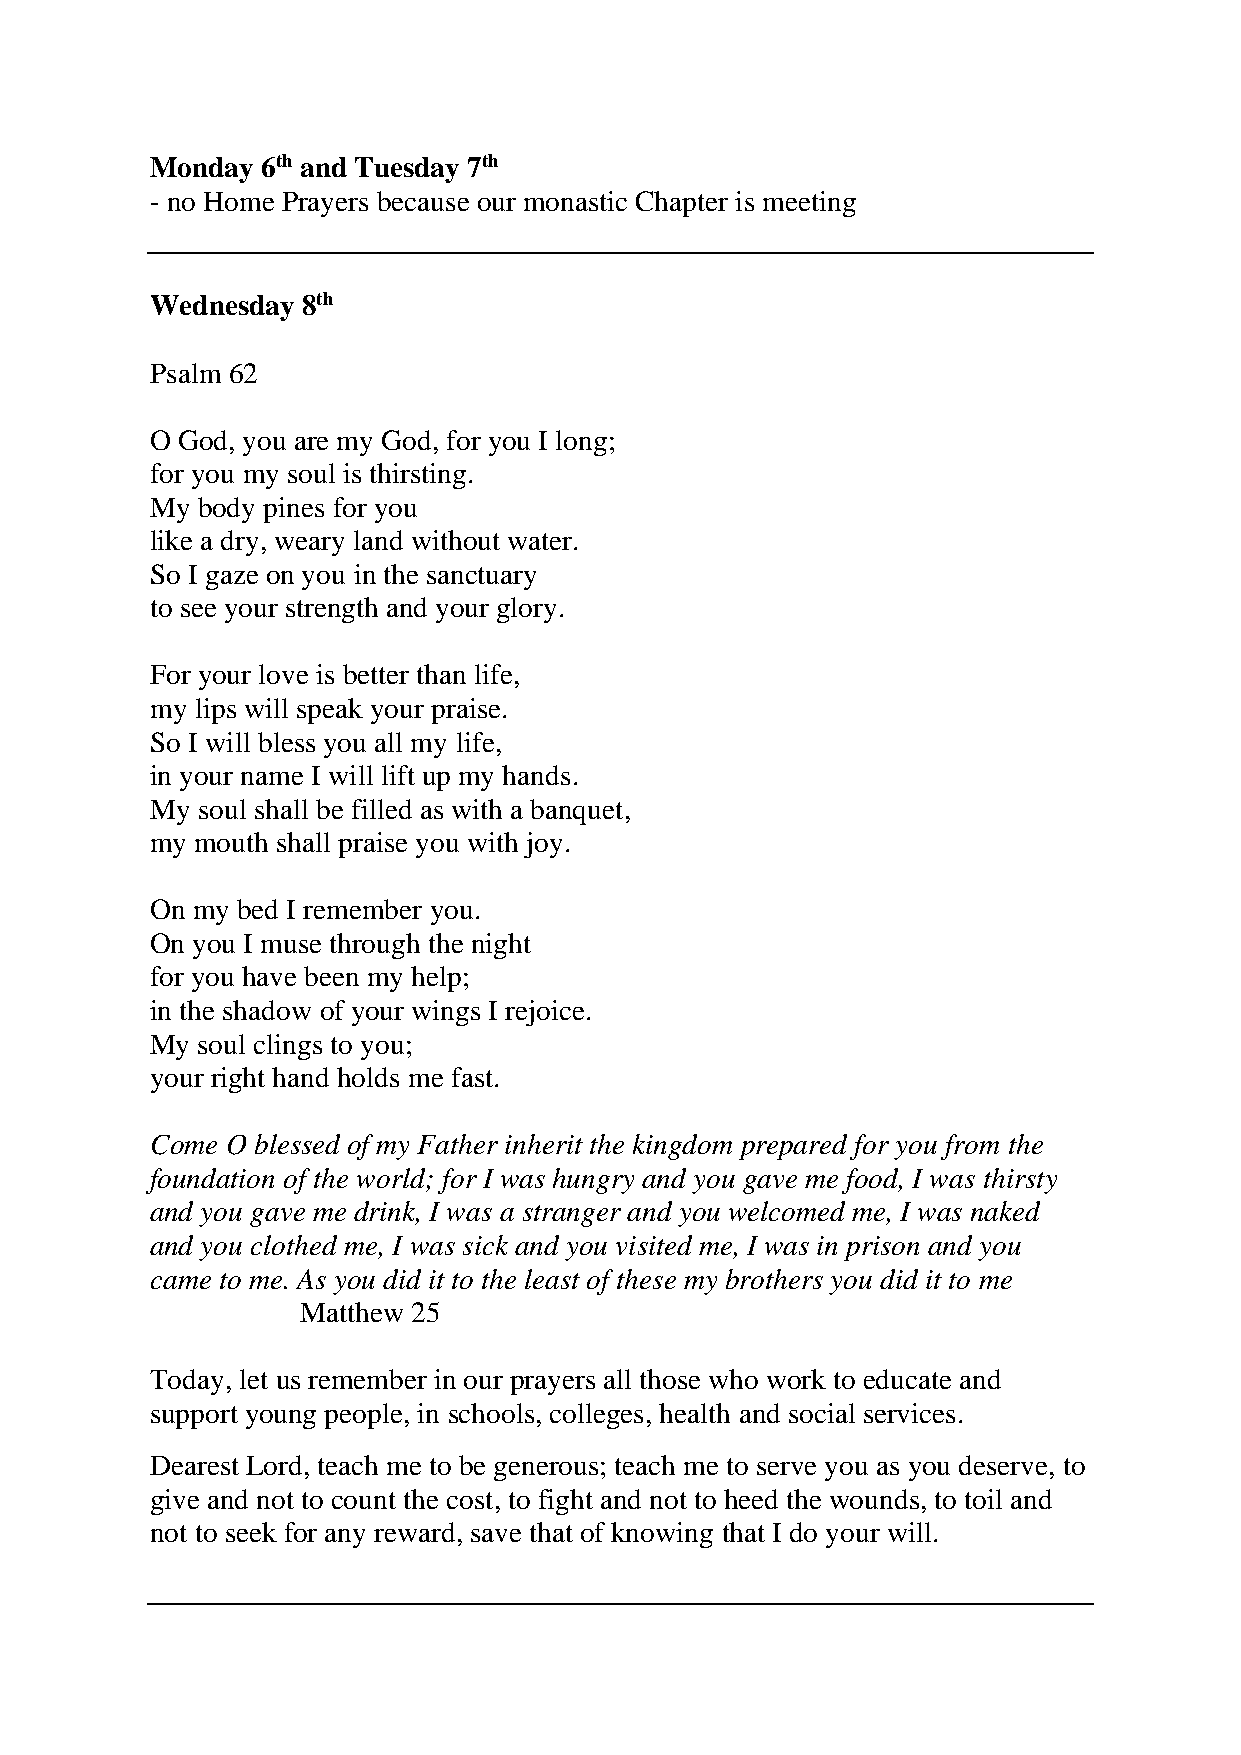
Monday 6th and Tuesday 7th
 - no Home Prayers because our monastic Chapter is meeting
 Wednesday 8th
 Psalm 62
 O God, you are my God, for you I long;
 for you my soul is thirsting.
 My body pines for you
 like a dry, weary land without water.
 So I gaze on you in the sanctuary
 to see your strength and your glory.
 For your love is better than life,
 my lips will speak your praise.
 So I will bless you all my life,
 in your name I will lift up my hands.
 My soul shall be filled as with a banquet,
 my mouth shall praise you with joy.
 On my bed I remember you.
 On you I muse through the night
 for you have been my help;
 in the shadow of your wings I rejoice.
 My soul clings to you;
 your right hand holds me fast.
 Come O blessed of my Father inherit the kingdom prepared for you from the
 foundation of the world; for I was hungry and you gave me food, I was thirsty
 and you gave me drink, I was a stranger and you welcomed me, I was naked
 and you clothed me, I was sick and you visited me, I was in prison and you
 came to me. As you did it to the least of these my brothers you did it to me
 Matthew 25
 Today, let us remember in our prayers all those who work to educate and
 support young people, in schools, colleges, health and social services.
 Dearest Lord, teach me to be generous; teach me to serve you as you deserve, to
 give and not to count the cost, to fight and not to heed the wounds, to toil and
 not to seek for any reward, save that of knowing that I do your will.